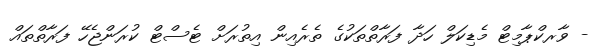
- ވާރކްޕާމިޓް މެޑިކަލް ހަދާ ފަރާތްތަކުގެ ތެރެއިން އިތުރަށް ޓެސްޓް ކުރަންޖެހޭ ފަރާތްތައް